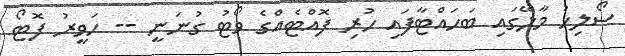
ސޯލިހު މާލޭގައި ބަހައްޓާފައި ހުރި ފޮއްޓެއްގެ ވޯޓު ގުނަނީ -- ހަވީރު ފޮޓޯ